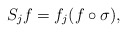
\begin{align*}S_jf=f_j(f\circ\sigma),\end{align*}